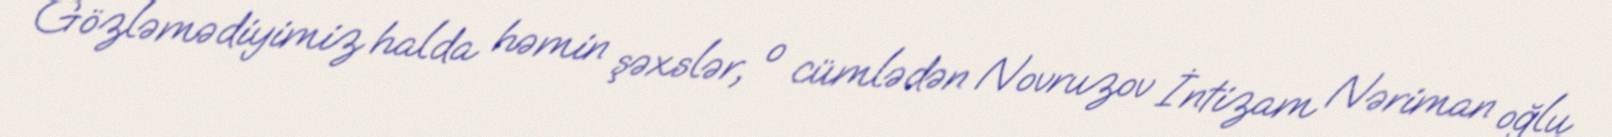
Gözləmədiyimiz halda həmin şəxslər, o cümlədən Novruzov İntizam Nəriman oğlu